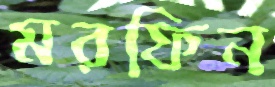
মরফিন